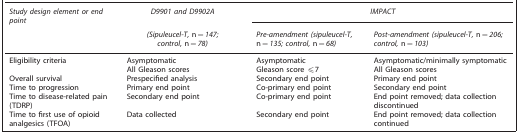
<table><thead><tr><td><b><i>Study design element or end point</i></b></td><td><b><i>D9901 and D9902A</i></b></td><td colspan="2"><b><i>IMPACT</i></b></td></tr><tr><td><b> </b></td><td><b><i>(Sipuleucel-T,</i> n<i>=147; control,</i> n<i>=78)</i></b></td><td><b><i>Pre-amendment (sipuleucel-T,</i> n<i>=135; control,</i> n<i>=68)</i></b></td><td><b><i>Post-amendment (sipuleucel-T,</i> n<i>=206; control,</i> n<i>=103)</i></b></td></tr></thead><tbody><tr><td>Eligibility criteria</td><td>Asymptomatic All Gleason scores</td><td>Asymptomatic Gleason score ⩽7</td><td>Asymptomatic/minimally symptomatic All Gleason scores</td></tr><tr><td>Overall survival</td><td>Prespecified analysis</td><td>Secondary end point</td><td>Primary end point</td></tr><tr><td>Time to progression</td><td>Primary end point</td><td>Co-primary end point</td><td>Secondary end point</td></tr><tr><td>Time to disease-related pain (TDRP)</td><td>Secondary end point</td><td>Co-primary end point</td><td>End point removed; data collection discontinued</td></tr><tr><td>Time to first use of opioid analgesics (TFOA)</td><td>Data collected</td><td>Secondary end point</td><td>End point removed; data collection continued</td></tr></tbody></table>